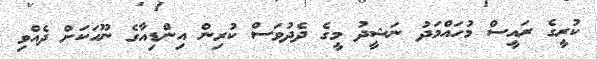
ކުރީގެ ރައީސް މުހައްމަދު ނަޝީދު މީގެ ދެދުވަސް ކުރިން އިންޑިއާގެ ނޫހަކަށް ދެއްވި